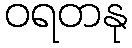
ဝရတနု